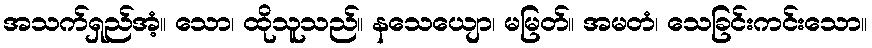
အသက်ရှည်အံ့။ သော၊ ထိုသူသည်။ နသေယျော၊ မမြတ်။ အမတံ၊ သေခြင်းကင်းသော။